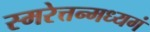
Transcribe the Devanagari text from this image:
स्मरेत्तन्मध्यगं